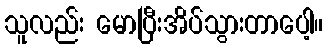
သူလည်း မောပြီးအိပ်သွားတာပေါ့။